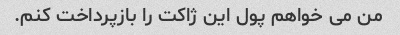
من می خواهم پول این ژاکت را بازپرداخت کنم.